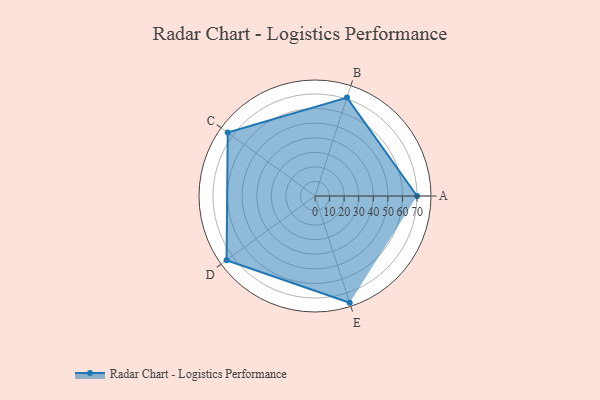
{"axis": {"x": "Skill", "y": "Score"}, "legend": ["Profile"], "data": [{"x": "A", "y": 70.0, "type": "Profile"}, {"x": "B", "y": 71.0, "type": "Profile"}, {"x": "C", "y": 74.0, "type": "Profile"}, {"x": "D", "y": 75.0, "type": "Profile"}, {"x": "E", "y": 77.0, "type": "Profile"}]}